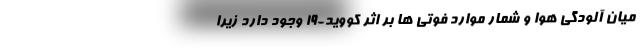
میان آلودگی هوا و شمار موارد فوتی ها بر اثر کووید-۱۹ وجود دارد زیرا